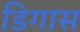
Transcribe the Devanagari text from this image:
डिगास